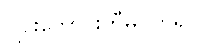
ဂျင်းဘောင်းဘီမဝတ်ရပါ။